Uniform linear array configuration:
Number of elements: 16
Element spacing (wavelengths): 0.75
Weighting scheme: kaiser
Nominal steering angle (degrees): -60
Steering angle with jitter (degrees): -60.854
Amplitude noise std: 0.05
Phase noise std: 0.05

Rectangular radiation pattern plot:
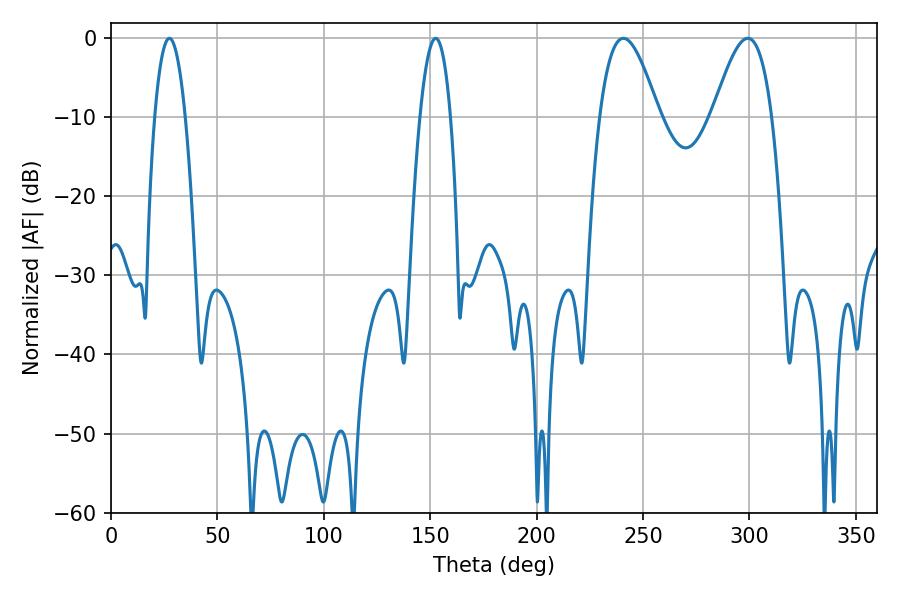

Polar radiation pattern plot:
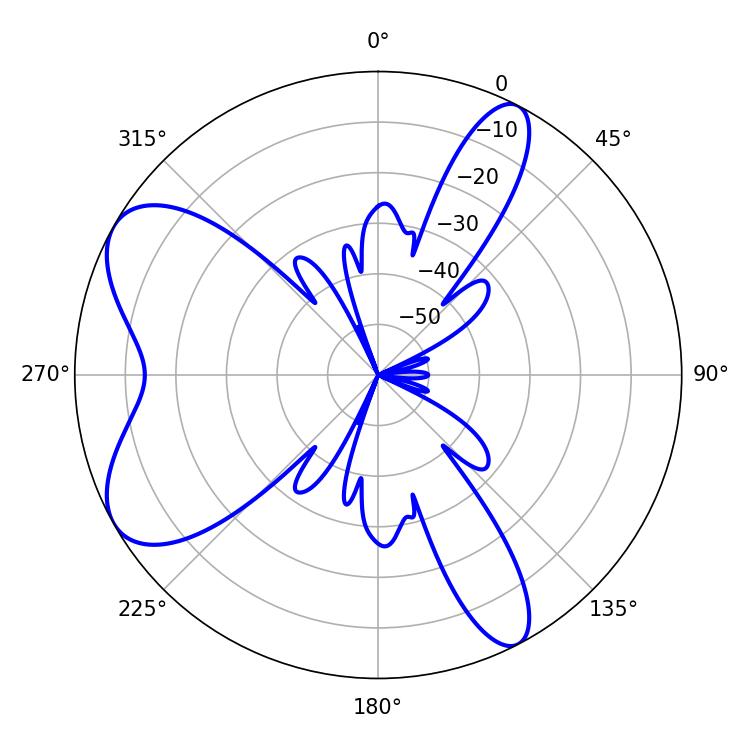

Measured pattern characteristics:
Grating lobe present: TRUE
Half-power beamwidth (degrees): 14.94
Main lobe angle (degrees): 240.84